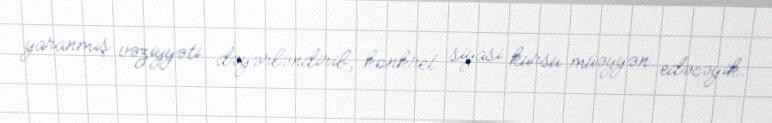
yaranmış vəziyyəti dəyərləndirib, konkret siyasi kursu müəyyən edəcəyik.